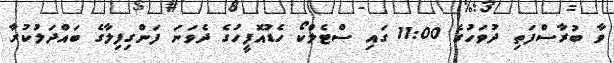
ވާ ބުރާސްފަތި ދުވަހުގެ 11:00 ގައި ސްޓެލްކޯ ހެޑުއޮފީހުގެ ދެވަނަ ފަންގިފިލާގެ ބައްދަލުކުރާ